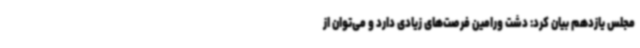
مجلس یازدهم بیان کرد: دشت ورامین فرصت‌های زیادی دارد و می‌توان از